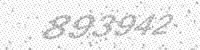
Solution: 893942